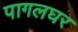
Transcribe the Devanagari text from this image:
पागलघर